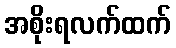
အစိုးရလက်ထက်